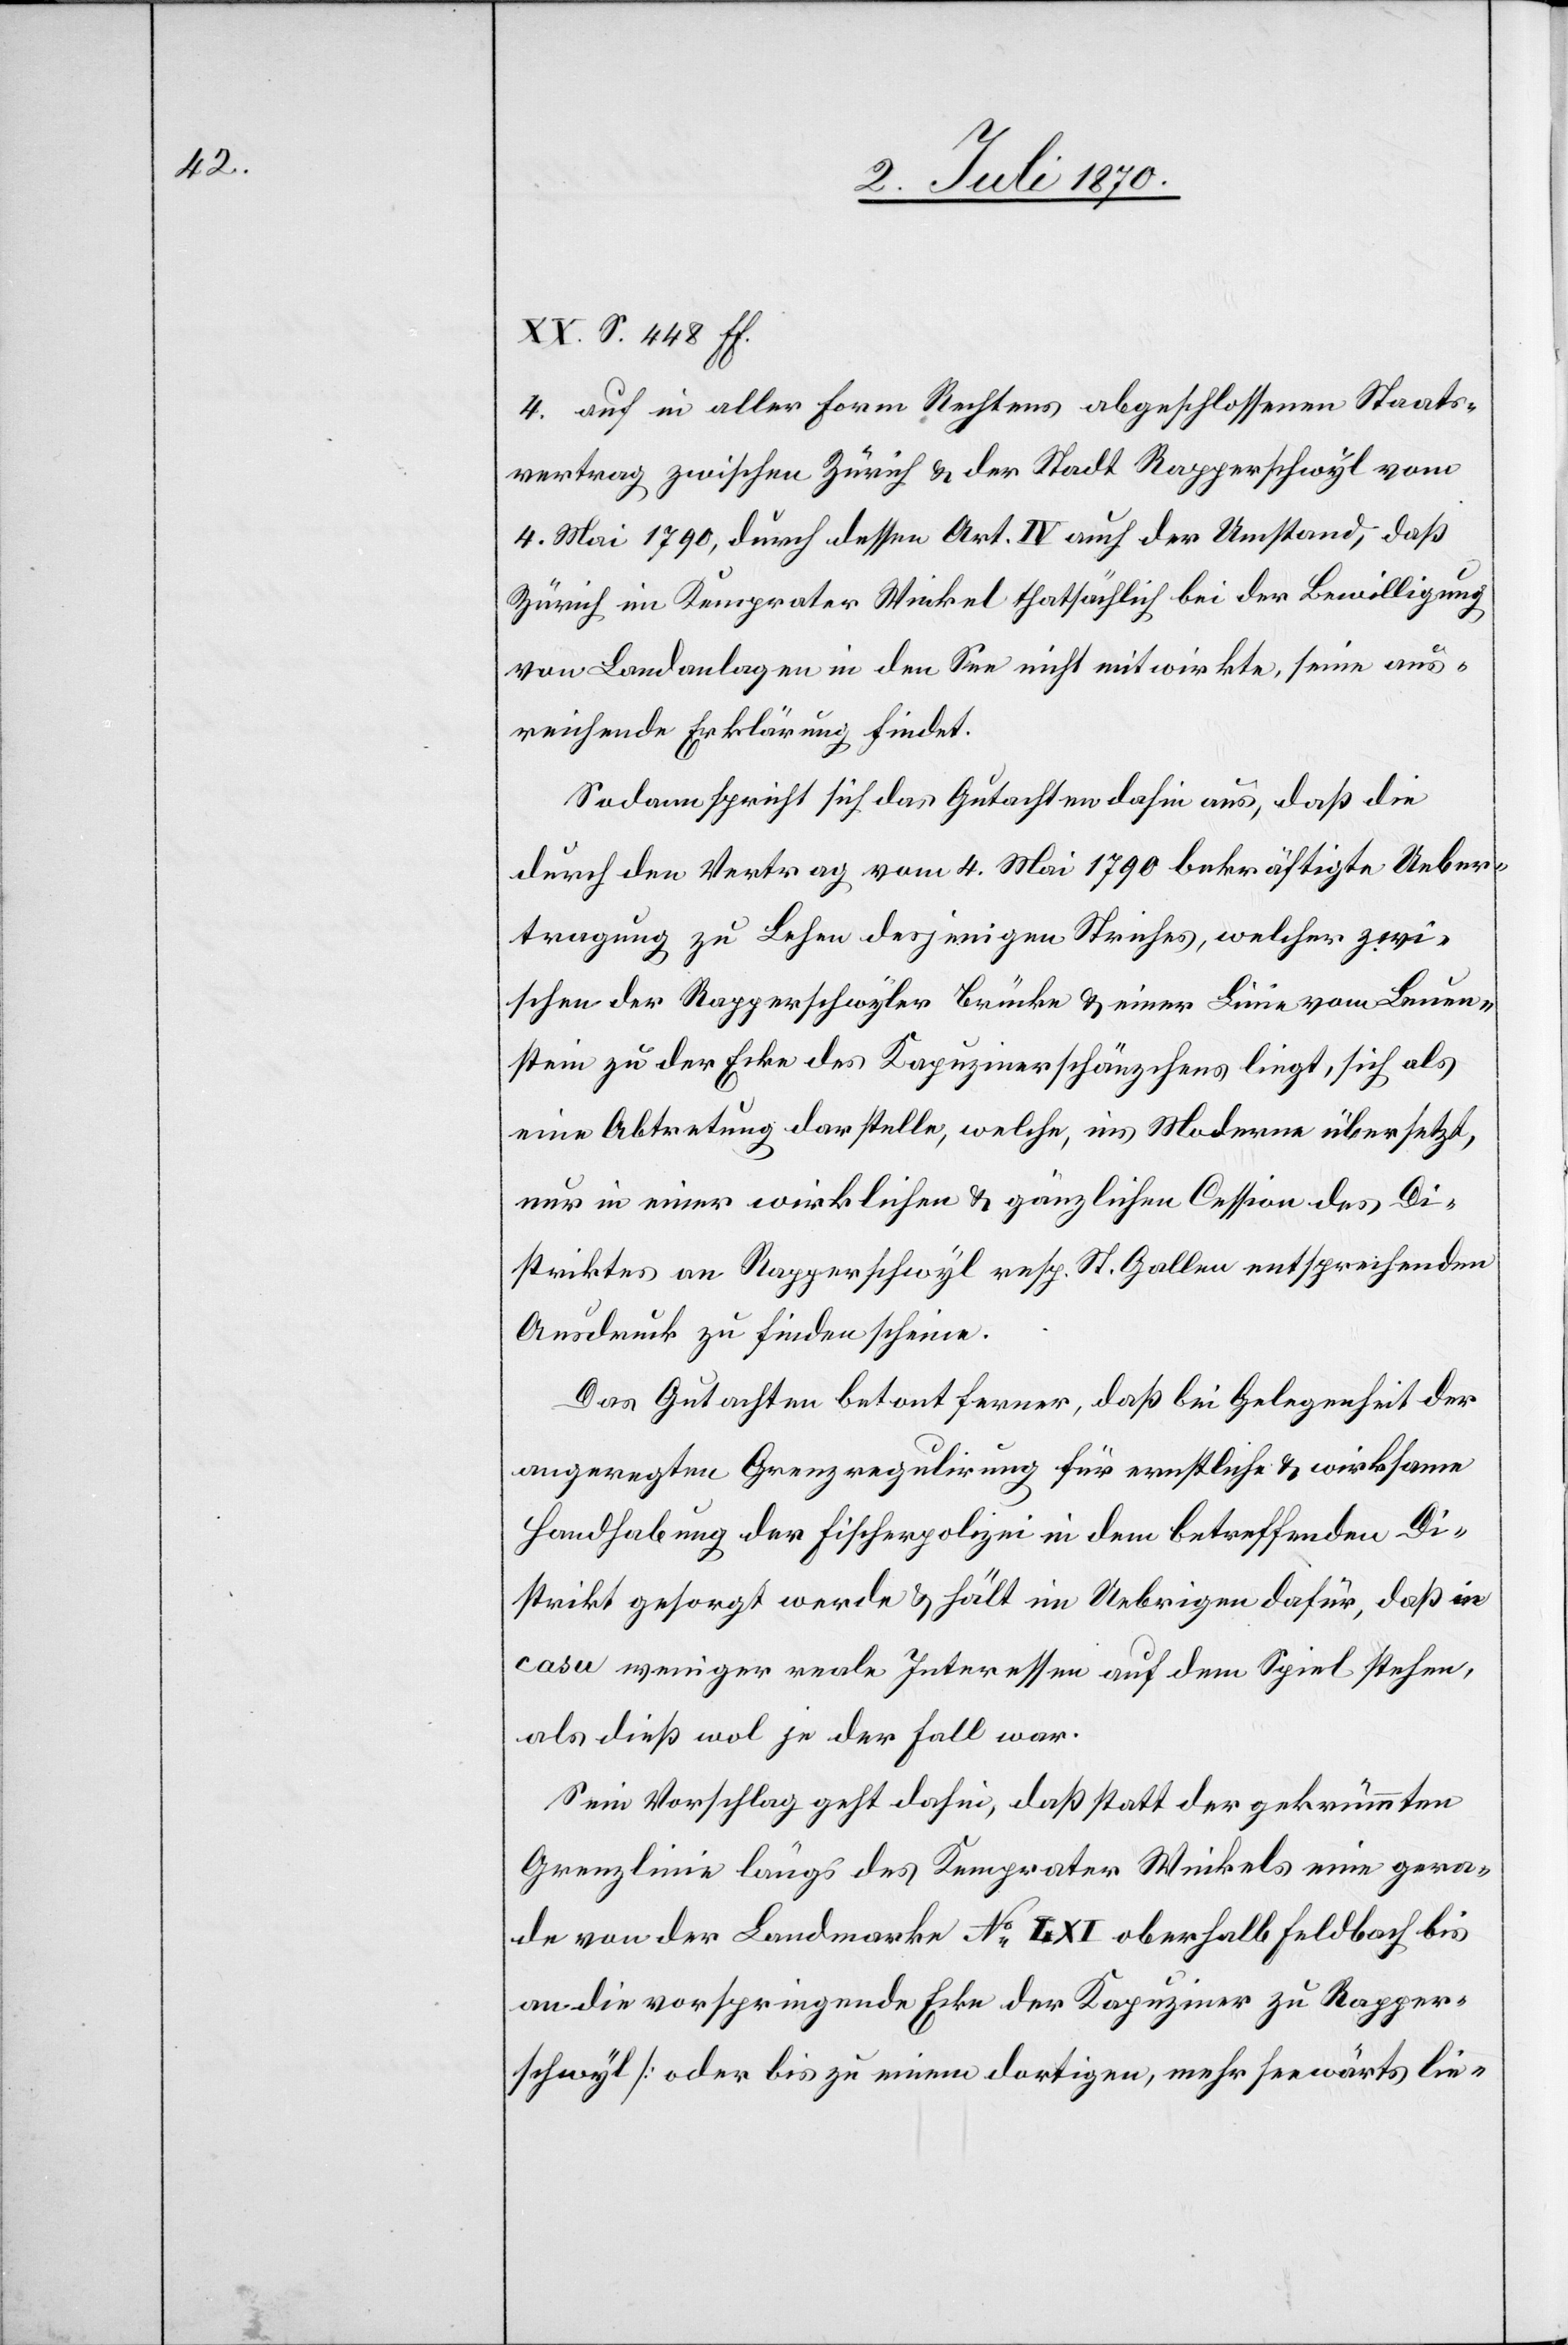
XX. S. 448 ff.
4. auf [den] in aller Form Rechtens abgeschlossenen Staats¬
vertrag zwischen Zürich & der Stadt Rapperschwyl vom
4. Mai 1790, durch dessen Art. IV auch der Umstand, daß
Zürich im Kemprater Winkel thatsächlich bei der Bewilligung
von Landanlagen in den See nicht mitwirkte, seine aus¬
reichende Erklärung findet.
Sodann spricht sich das Gutachten dahin aus, daß die
durch den Vertrag vom 4. Mai 1790 bekräftigte Ueber¬
tragung zu Lehen desjenigen Striches, welcher zwi¬
schen der Rapperschwyler Brücke & einer Linie vom Leuen¬
stein zu der Ecke des Kapuzinerschänzchens liegt, sich als
eine Abtretung darstelle, welche, ins Moderne übersetzt,
nur in einer wirklichen & gänzlichen Cession des Di¬
striktes an Rapperschwyl resp. St. Gallen entsprechenden
Ausdruck zu finden scheine.
Das Gutachten betont ferner, daß bei Gelegenheit der
angeregten Grenzregulirung für ernstliche & wirksame
Handhabung der Fischerpolizei in dem betreffenden Di¬
strikt gesorgt werde & hält im Uebrigen dafür, daß in
casu weniger reale Interessen auf dem Spiel stehen,
als dies wol je der Fall war.
Sein Vorschlag geht dahin, daß statt der gekrümmten
Grenzlinie längs des Kemprater Winkels eine gera¬
de von der Landmarke No I. XI oberhalb Feldbach bis
an die vorspringende Ecke des Kapuziner zu Rapper¬
schwyl [oder bis zu einem dortigen, mehr seewärts lie-